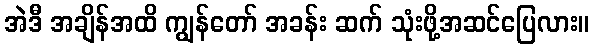
အဲဒီ အချိန်အထိ ကျွန်တော် အခန်း ဆက် သုံးဖို့အဆင်ပြေလား။